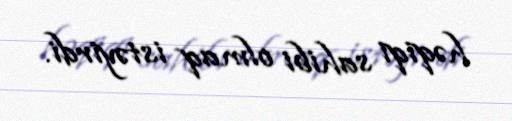
həqiqi sahibi olmaq istəyirdi.